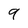
Character: 9